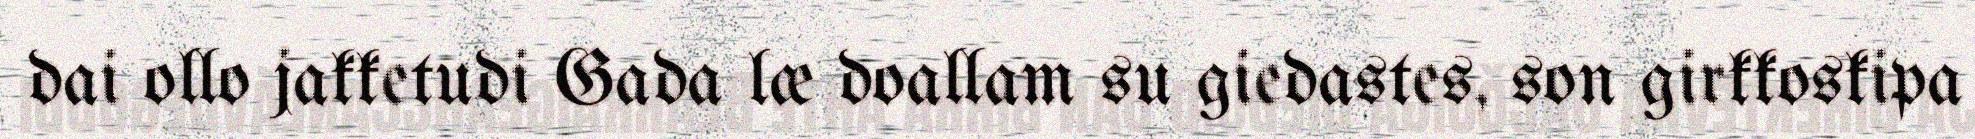
dai ollo jakketudi Gada læ doallam su giedastes, son girkkoskipa